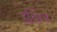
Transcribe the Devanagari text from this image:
हचिंग्स